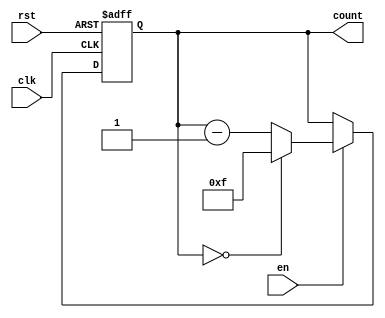
module binary_down_counter #(
    parameter WIDTH = 4 // Define the width of the counter (e.g., 4 bits)
) (
    input wire clk,      // Clock signal
    input wire rst,      // Asynchronous reset signal
    input wire en,       // Enable signal for counting
    output reg [WIDTH-1:0] count // Current count value
);

    // Maximum value for the counter based on its width
    localparam MAX_COUNT = (1 << WIDTH) - 1; // 2^WIDTH - 1

    // Always block for counter operation
    always @(posedge clk or posedge rst) begin
        if (rst) begin
            // Reset the counter to maximum value
            count <= MAX_COUNT;
        end else if (en) begin
            // Decrement the counter
            if (count == 0) begin
                count <= MAX_COUNT; // Roll over to maximum value
            end else begin
                count <= count - 1; // Decrement the count
            end
        end
    end

    // Initialize count to maximum value
    initial begin
        count = MAX_COUNT;
    end

endmodule